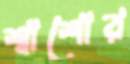
শ্বাশোর